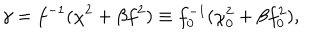
LaTeX: \gamma = f ^ { - 1 } ( \chi ^ { 2 } + \beta f ^ { 2 } ) \equiv f _ { 0 } ^ { - 1 } ( \chi _ { 0 } ^ { 2 } + \beta f _ { 0 } ^ { 2 } ) ,